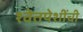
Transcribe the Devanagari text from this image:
श्वेतपेशींची